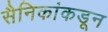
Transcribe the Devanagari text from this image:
सैनिकांकडून